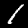
Label: 1